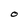
Character: O